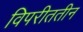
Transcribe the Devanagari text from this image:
विपरीततीन